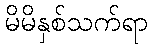
မိမိနှစ်သက်ရာ